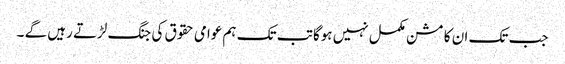
جب تک ان کا مشن مکمل نہیں ہوگا تب تک ہم عوامی حقوق کی جنگ لڑتے رہیں گے ۔